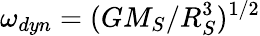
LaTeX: \omega_{dyn}=(GM_{S}/R_{S}^{3})^{1/2}